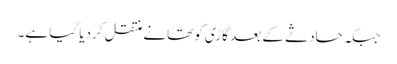
جبکہ حادثے کے بعد گاڑی کوتھانے منتقل کردیا گیا ہے۔